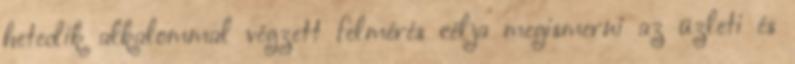
hetedik alkalommal végzett felmérés célja megismerni az üzleti és